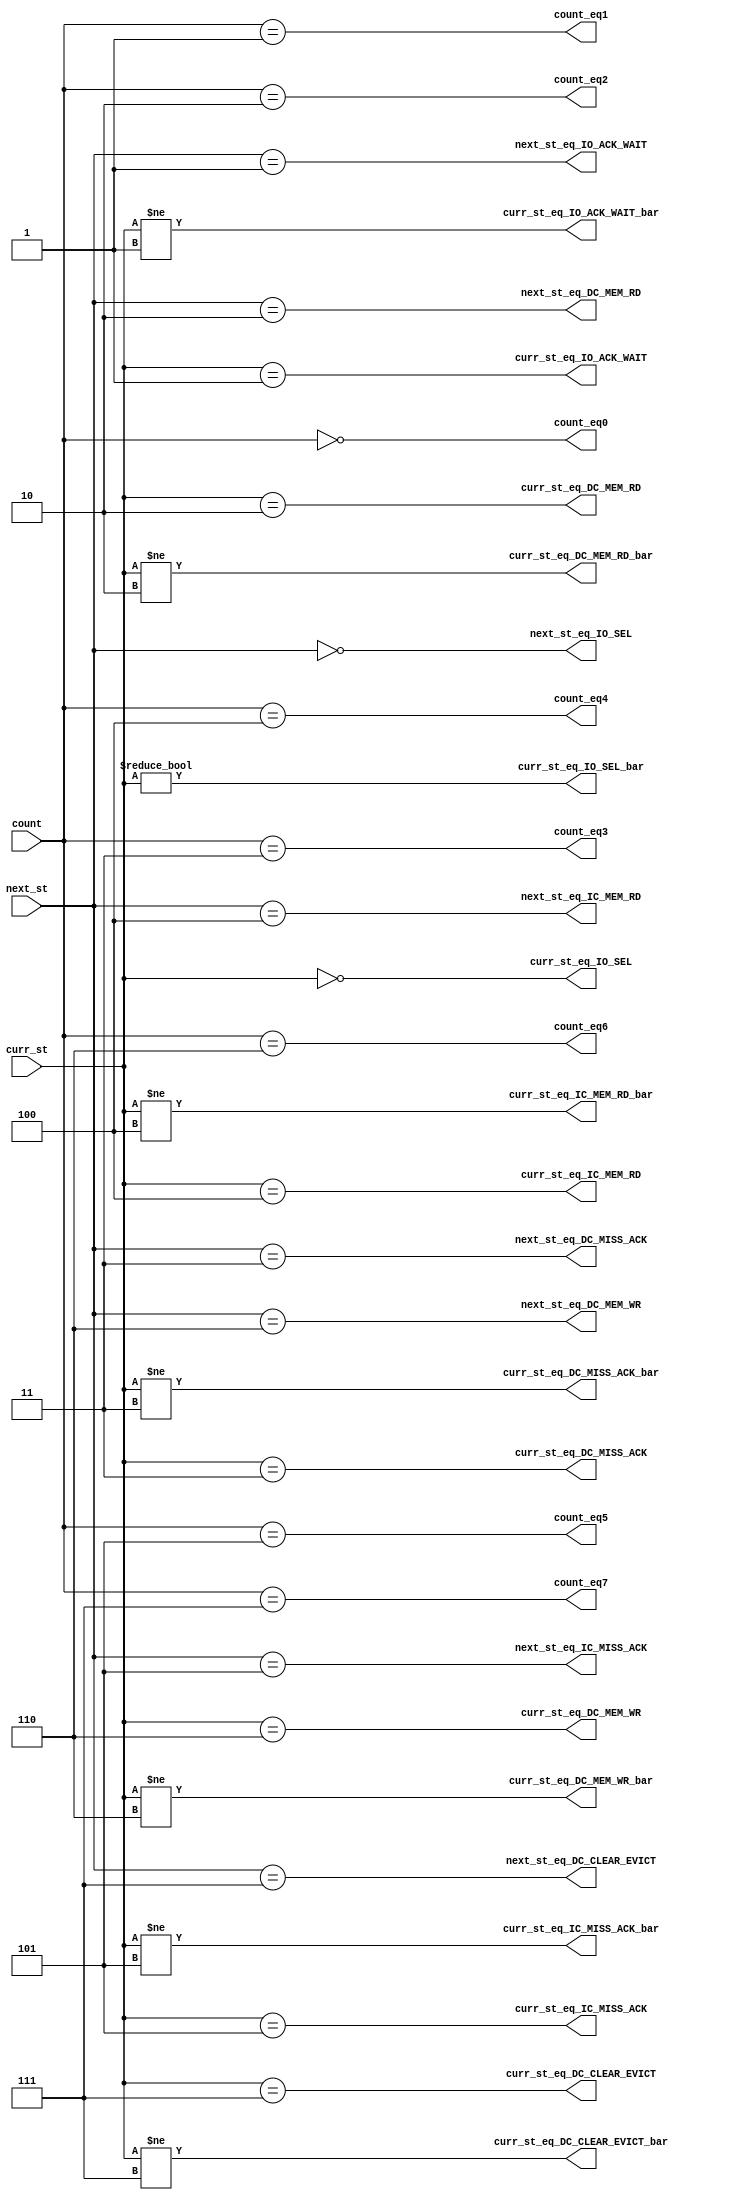
/*************** Microarchiture Project******************/
/********************************************************/
/* Module: state equality checker                       */
/* Description: Combinational block generates 1-bit eq  */
/* signals, required for other building logic.          */
/********************************************************/

module st_eq_checker (
  curr_st,
  next_st,
  count,
  curr_st_eq_IO_SEL,
  curr_st_eq_IO_ACK_WAIT,
  curr_st_eq_DC_MEM_RD,
  curr_st_eq_DC_MISS_ACK,
  curr_st_eq_IC_MEM_RD,
  curr_st_eq_IC_MISS_ACK,
  curr_st_eq_DC_MEM_WR,
  curr_st_eq_DC_CLEAR_EVICT,
  next_st_eq_IO_SEL,
  next_st_eq_IO_ACK_WAIT,
  next_st_eq_DC_MEM_RD,
  next_st_eq_DC_MISS_ACK,
  next_st_eq_IC_MEM_RD,
  next_st_eq_IC_MISS_ACK,
  next_st_eq_DC_MEM_WR,
  next_st_eq_DC_CLEAR_EVICT,
  curr_st_eq_IO_SEL_bar,
  curr_st_eq_IO_ACK_WAIT_bar,
  curr_st_eq_DC_MEM_RD_bar,
  curr_st_eq_DC_MISS_ACK_bar,
  curr_st_eq_IC_MEM_RD_bar,
  curr_st_eq_IC_MISS_ACK_bar,
  curr_st_eq_DC_MEM_WR_bar,
  curr_st_eq_DC_CLEAR_EVICT_bar,
  count_eq0,
  count_eq1,
  count_eq2,
  count_eq3,
  count_eq4,
  count_eq5,
  count_eq6,
  count_eq7
  );

localparam IO_SEL         = 3'b000;
localparam IO_ACK_WAIT    = 3'b001;
localparam DC_MEM_RD      = 3'b010;
localparam DC_MISS_ACK    = 3'b011;
localparam IC_MEM_RD      = 3'b100;
localparam IC_MISS_ACK    = 3'b101;
localparam DC_MEM_WR      = 3'b110;
localparam DC_CLEAR_EVICT = 3'b111;

input [2:0] curr_st;
input [2:0] next_st;
input [2:0] count;

output curr_st_eq_IO_SEL;
output curr_st_eq_IO_ACK_WAIT;
output curr_st_eq_DC_MEM_RD;
output curr_st_eq_DC_MISS_ACK;
output curr_st_eq_IC_MEM_RD;
output curr_st_eq_IC_MISS_ACK;
output curr_st_eq_DC_MEM_WR;
output curr_st_eq_DC_CLEAR_EVICT;

output next_st_eq_IO_SEL;
output next_st_eq_IO_ACK_WAIT;
output next_st_eq_DC_MEM_RD;
output next_st_eq_DC_MISS_ACK;
output next_st_eq_IC_MEM_RD;
output next_st_eq_IC_MISS_ACK;
output next_st_eq_DC_MEM_WR;
output next_st_eq_DC_CLEAR_EVICT;

output curr_st_eq_IO_SEL_bar;
output curr_st_eq_IO_ACK_WAIT_bar;
output curr_st_eq_DC_MEM_RD_bar;
output curr_st_eq_DC_MISS_ACK_bar;
output curr_st_eq_IC_MEM_RD_bar;
output curr_st_eq_IC_MISS_ACK_bar;
output curr_st_eq_DC_MEM_WR_bar;
output curr_st_eq_DC_CLEAR_EVICT_bar;
output count_eq0;
output count_eq1;
output count_eq2;
output count_eq3;
output count_eq4;
output count_eq5;
output count_eq6;
output count_eq7;

assign curr_st_eq_IO_SEL = curr_st == IO_SEL;
assign curr_st_eq_IO_ACK_WAIT = curr_st == IO_ACK_WAIT;
assign curr_st_eq_DC_MEM_RD = curr_st == DC_MEM_RD;
assign curr_st_eq_DC_MISS_ACK = curr_st == DC_MISS_ACK;
assign curr_st_eq_IC_MEM_RD = curr_st == IC_MEM_RD;
assign curr_st_eq_IC_MISS_ACK = curr_st == IC_MISS_ACK;
assign curr_st_eq_DC_MEM_WR = curr_st == DC_MEM_WR;
assign curr_st_eq_DC_CLEAR_EVICT = curr_st == DC_CLEAR_EVICT;

assign next_st_eq_IO_SEL = next_st == IO_SEL;
assign next_st_eq_IO_ACK_WAIT = next_st == IO_ACK_WAIT;
assign next_st_eq_DC_MEM_RD = next_st == DC_MEM_RD;
assign next_st_eq_DC_MISS_ACK = next_st == DC_MISS_ACK;
assign next_st_eq_IC_MEM_RD = next_st == IC_MEM_RD;
assign next_st_eq_IC_MISS_ACK = next_st == IC_MISS_ACK;
assign next_st_eq_DC_MEM_WR = next_st == DC_MEM_WR;
assign next_st_eq_DC_CLEAR_EVICT = next_st == DC_CLEAR_EVICT;

assign curr_st_eq_IO_SEL_bar = curr_st != IO_SEL;
assign curr_st_eq_IO_ACK_WAIT_bar = curr_st != IO_ACK_WAIT;
assign curr_st_eq_DC_MEM_RD_bar = curr_st != DC_MEM_RD;
assign curr_st_eq_DC_MISS_ACK_bar = curr_st != DC_MISS_ACK;
assign curr_st_eq_IC_MEM_RD_bar = curr_st != IC_MEM_RD;
assign curr_st_eq_IC_MISS_ACK_bar = curr_st != IC_MISS_ACK;
assign curr_st_eq_DC_MEM_WR_bar = curr_st != DC_MEM_WR;
assign curr_st_eq_DC_CLEAR_EVICT_bar = curr_st != DC_CLEAR_EVICT;

assign count_eq0 = count == 3'd0;
assign count_eq1 = count == 3'd1;
assign count_eq2 = count == 3'd2;
assign count_eq3 = count == 3'd3;
assign count_eq4 = count == 3'd4;
assign count_eq5 = count == 3'd5;
assign count_eq6 = count == 3'd6;
assign count_eq7 = count == 3'd7;

endmodule